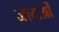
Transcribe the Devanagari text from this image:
जाटाओं